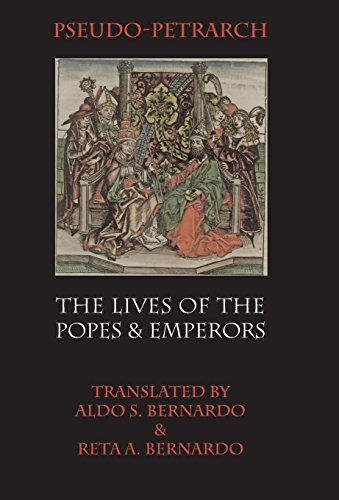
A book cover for The Lives of the Popes and Emperors; Pseudo- Petrarch; Christian Books & Bibles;